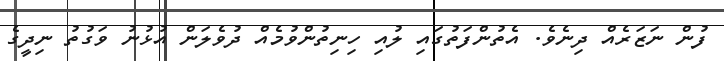
ފުން ނަޒަރެއް ދިނެވެ. އެތުންފަތުގައި ލުއި ހިނިތުންވުމެއް ދުވެލަން އުޅުނު ވަގުތު ނިދީގެ